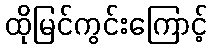
ထိုမြင်ကွင်းကြောင့်